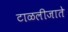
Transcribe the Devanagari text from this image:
टाळलीजाते